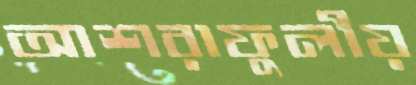
আশরাফুলীয়